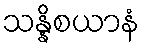
သန္နိစယာနံ